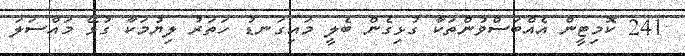
241 ކޮމިޓީން އެއްބަސްވުންތަކާ ގުޅިގެން ބެލީ މައިގަނޑު ހަތަރު ލިޔުމަކާ ގުޅޭ މައްސަލަ